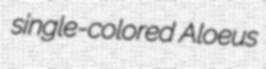
single-colored Aloeus